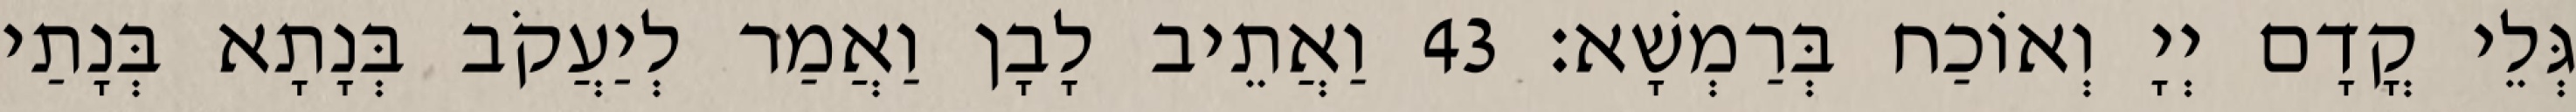
גְּלֵי קֳדָם יְיָ וְאוֹכַח בְּרַמְשָׁא׃ 43 וַאֲתֵיב לָבָן וַאֲמַר לְיַעֲקֹב בְּנָתָא בְּנָתַי